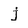
Character: j